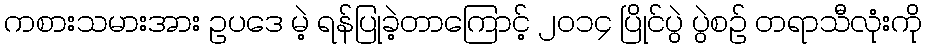
ကစားသမားအား ဥပဒေ မဲ့ ရန်ပြုခဲ့တာကြောင့် ၂၀၁၄ ပြိုင်ပွဲ ပွဲစဉ် တရာသီလုံးကို